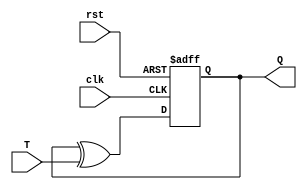
module T_Flipflop (T, clk, rst, Q);
input T, clk, rst;

output reg Q;
//output reg not_Q;

always@(posedge clk, negedge rst) begin
	if(rst == 0)
		Q = 1'b0;
		//not_Q = 0;
	else
		Q = Q ^ T;
		//not_Q = ~Q;
end

endmodule